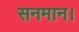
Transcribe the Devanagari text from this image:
सनमान।